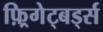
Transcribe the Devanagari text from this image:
फ़्रिगेट्बर्ड्स